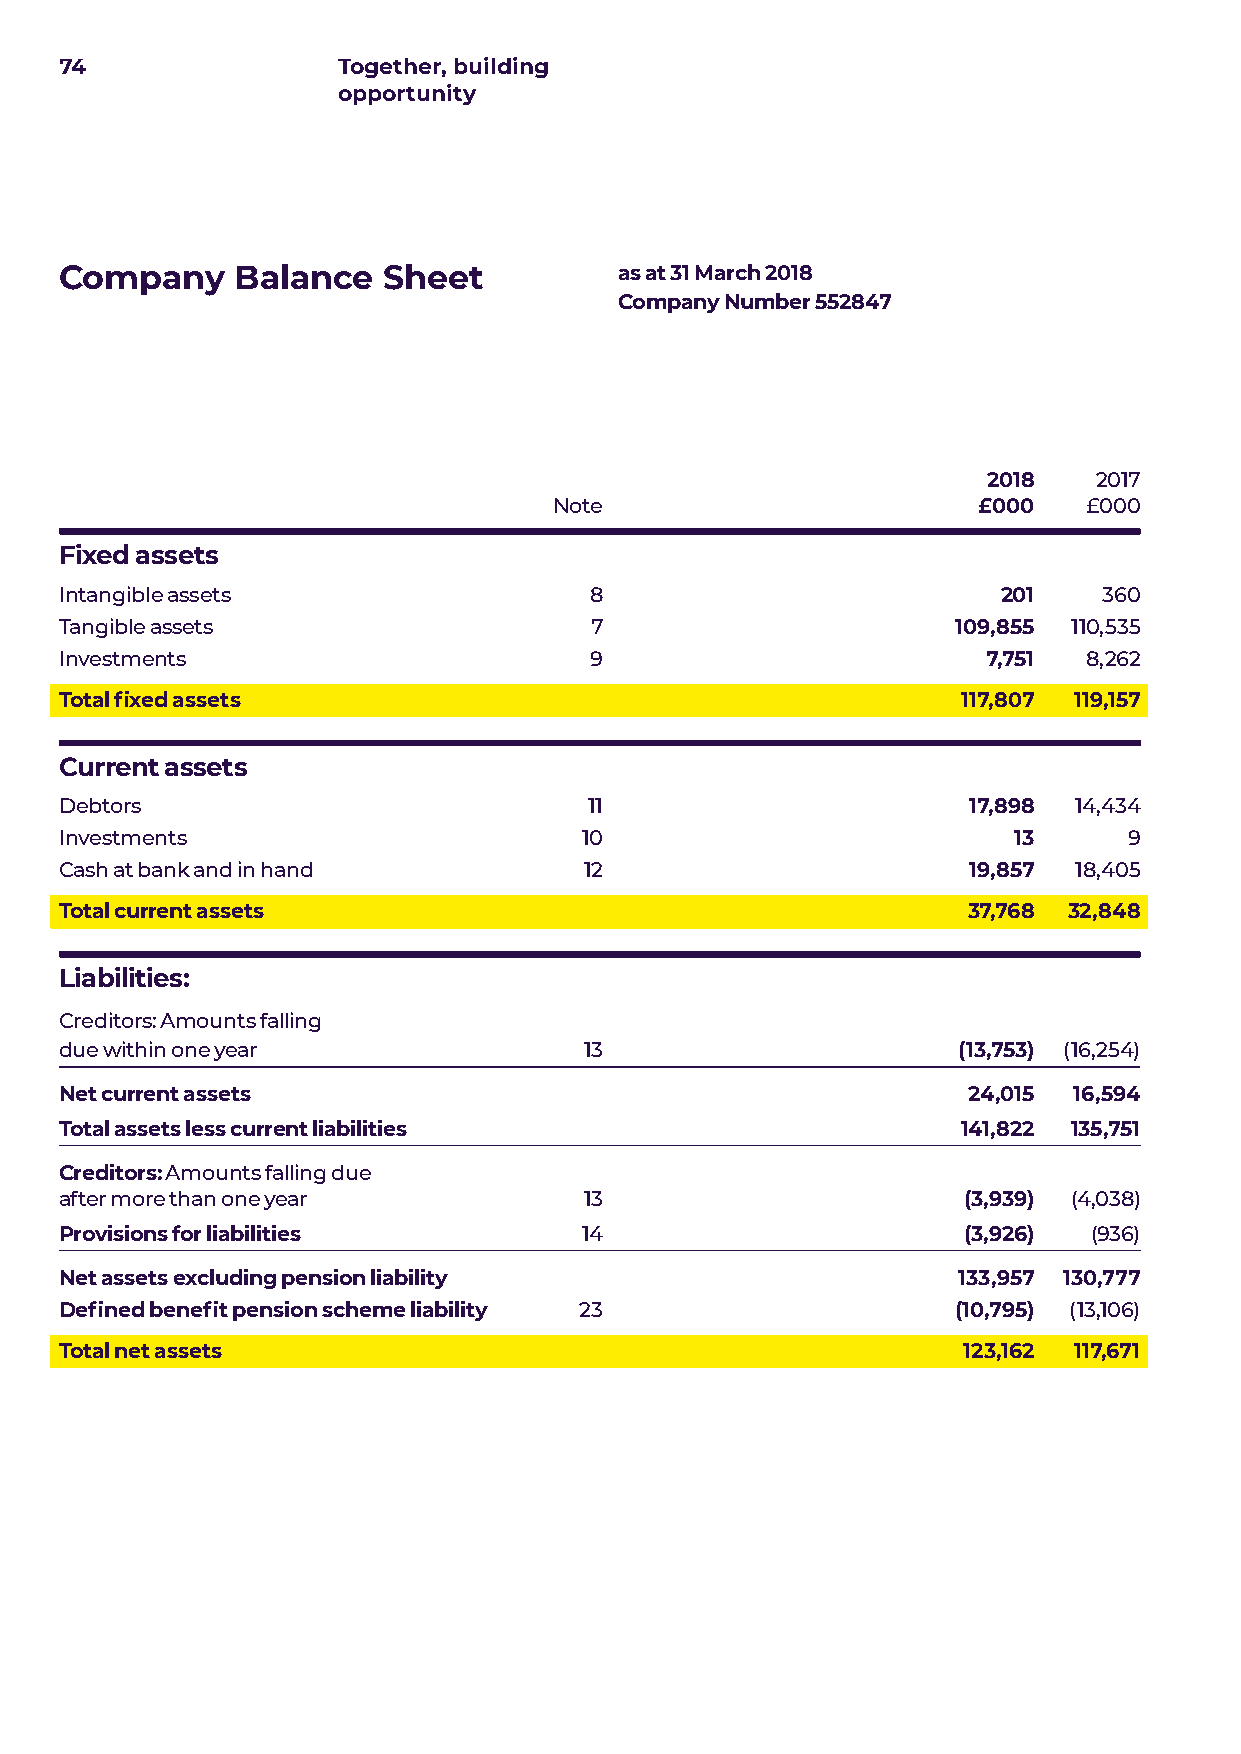
74                Together, building
 opportunity
 Company    Balance   Sheet           as at 31 March 2018
 Company Number 552847
 2018    2017
 Note                        £000   £000
 Fixed assets
 Intangible assets                  8                          201    360
 Tangible assets                    7                       109,855 110,535
 Investments                        9                         7,751  8,262
 Total fixed assets                                          117,807 119,157
 Current assets
 Debtors                            11                       17,898 14,434
 Investments                       10                           13      9
 Cash at bank and in hand           12                       19,857 18,405
 Total current assets                                        37,768 32,848
 Liabilities:
 Creditors: Amounts falling
 due within one year                13                      (13,753) (16,254)
 Net current assets                                          24,015 16,594
 Total assets less current liabilities                       141,822 135,751
 Creditors: Amounts falling due
 after more than one year           13                       (3,939) (4,038)
 Provisions for liabilities         14                       (3,926) (936)
 Net assets excluding pension liability                     133,957 130,777
 Defined benefit pension scheme liability 23                (10,795) (13,106)
 Total net assets                                            123,162 117,671